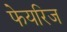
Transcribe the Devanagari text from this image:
फेयरिज